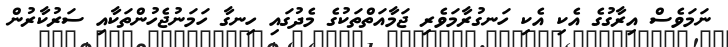
ނަމަވެސް އިރާގުގެ އެކި އެކި ހަނގުރާމަވެރި ޖަމާއަތްތަކުގެ މެދުގައި ހިނގާ ހަމަނުޖެހުންތަކާއި ސަރުކާރުން